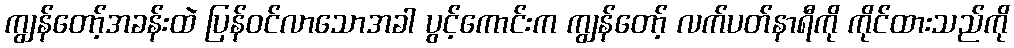
ကျွန်တော့်အခန်းထဲ ပြန်ဝင်လာသောအခါ ပွင့်ကောင်းက ကျွန်တော့် လက်ပတ်နာရီကို ကိုင်ထားသည်ကို